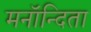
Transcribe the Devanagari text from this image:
मनॉन्दिता